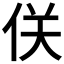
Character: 𠈪